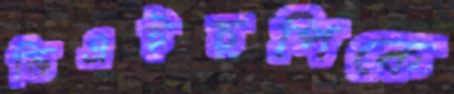
ভিএইচপিকে